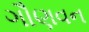
ગૌણવન